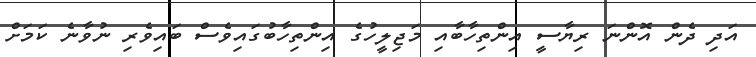
އަދި ދެން އޮންނަ ރިޔާސީ އިންތިހާބާއި މަޖިލީހުގެ އިންތިހާބުގައިވެސް ބައިވެރި ނުވާނެ ކަމަށް